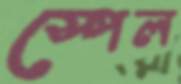
স্পেল